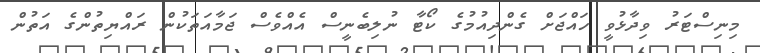
މިނިސްޓަރު ވިދާޅުވީ ހައްޖަށް ގެންދިއުމުގެ ކޯޓާ ނުލިބެނީސް އެއްވެސް ޖަމާއަތަކުން ރައްޔިތުންގެ އަތުން